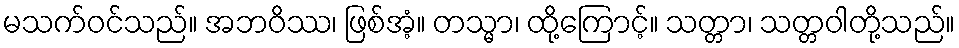
မသက်ဝင်သည်။ အဘဝိဿ၊ ဖြစ်အံ့။ တသ္မာ၊ ထို့ကြောင့်။ သတ္တာ၊ သတ္တဝါတို့သည်။